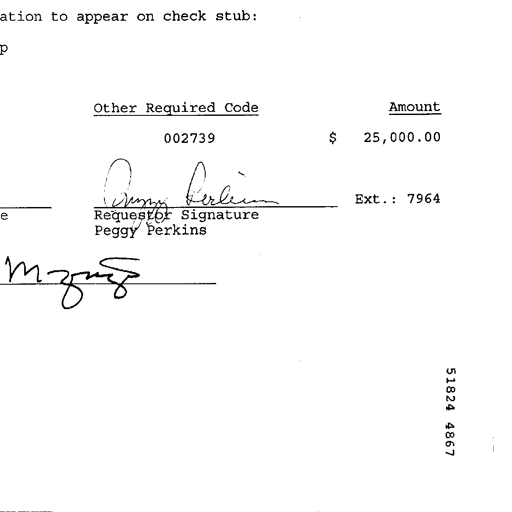
ation to appear on check stub:
p
Other Required Code Amount
002739 $ 25,000.00
Peggy Perkins Ext. : 7964
Requestor Signature
Peggy Perkins
m zng
51824 4867